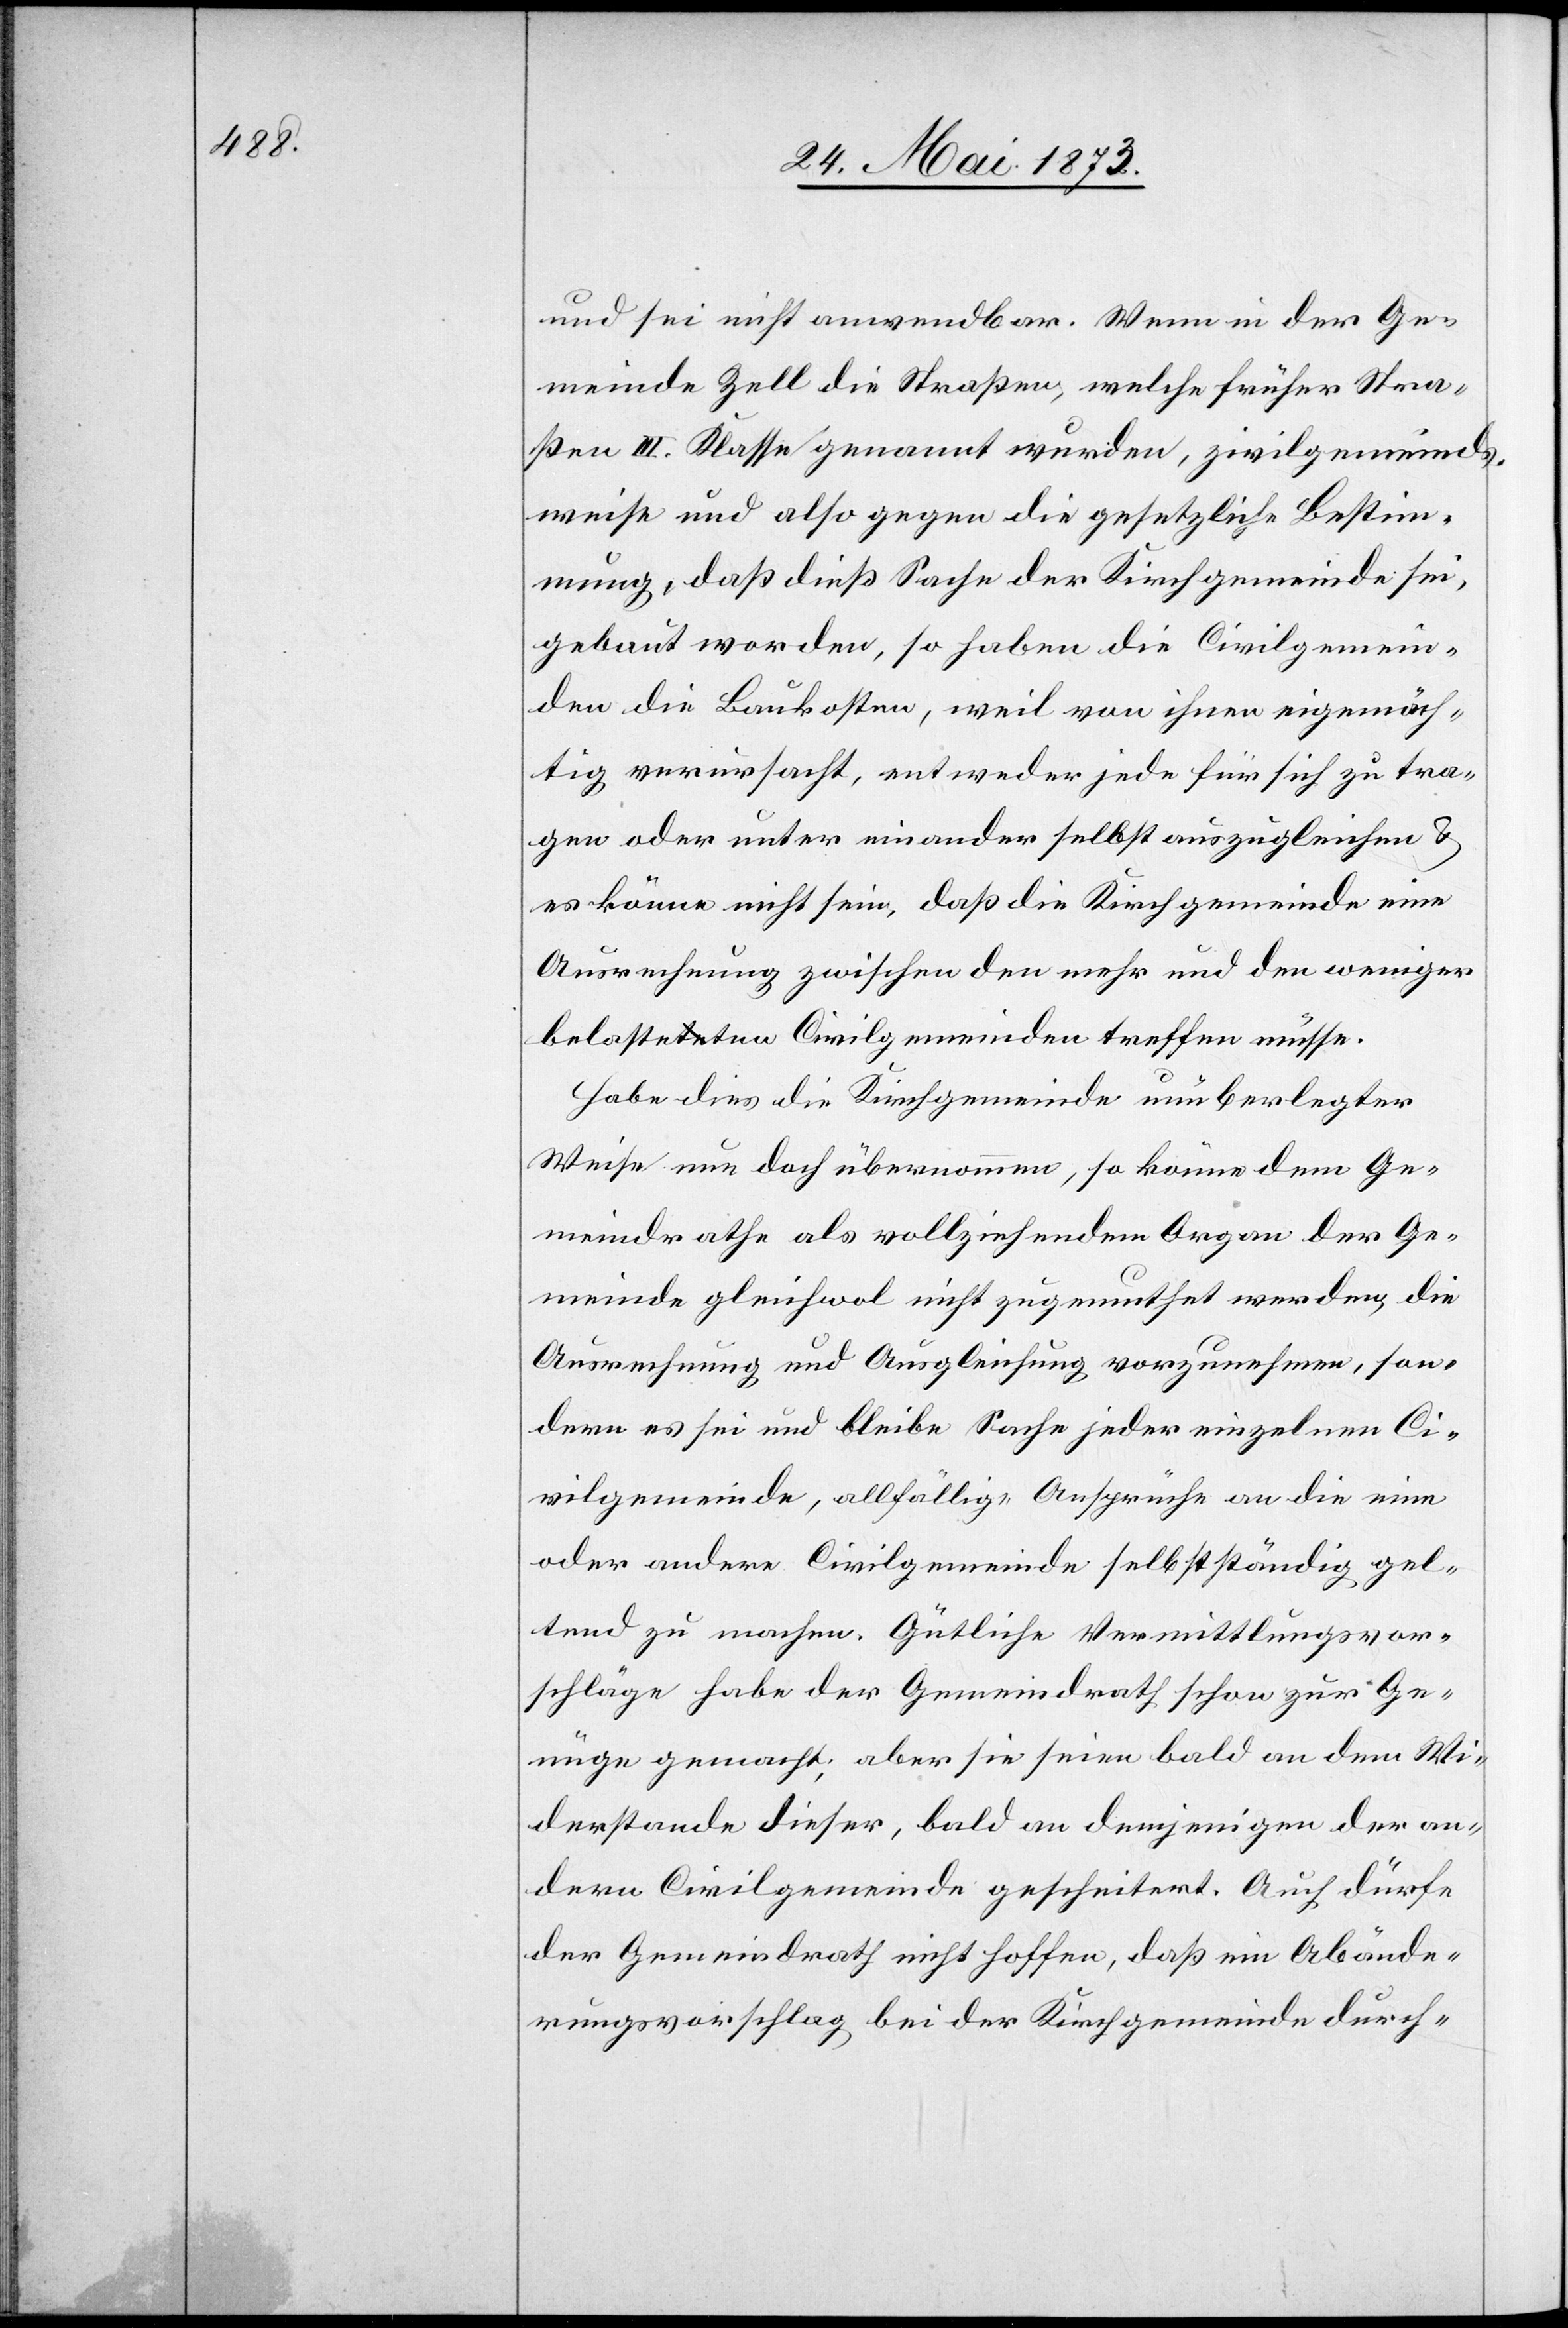
und sei nicht anwendbar. Wenn in der Ge¬
meinde Zell die Straßen, welche früher Stra¬
ßen III. Klasse genannt wurden, zivilgemeinds¬
weise und also gegen die gesetzliche Bestim¬
mung, daß dieß Sache der Kirchgemeinde sei,
gebaut worden, so haben die Civilgemein¬
den die Baukosten, weil von ihnen eigenmäch¬
tig verursacht, entweder jede für sich zu tra¬
gen oder unter einander selbst auszugleichen &
es könne nicht sein, daß die Kirchgemeinde eine
Ausrechnung zwischen den mehr und den weniger
belasteten Civilgemeinden treffen müsse.
Habe dies die Kirchgemeinde unüberlegter
Weise nun doch übernommen, so könne dem Ge¬
meindrathe als vollziehendem Organ der Ge¬
meinde gleichwol nicht zugemuthet werden, die
Ausrechnung und Ausgleichung vorzunehmen, son¬
dern es sei und bleibe Sache jeder einzelnen Ci¬
vilgemeinde, allfällige Ansprüche an die eine
oder andere Civilgemeinde selbstständig gel¬
tend zu machen. Gütliche Vermittlungsvor¬
schläge habe der Gemeindrath schon zur Ge¬
nüge gemacht; aber sie seien bald an dem Wi¬
derstande dieser, bald an demjenigen der an¬
dern Civilgemeinde gescheitert. Auch dürfe
der Gemeindrath nicht hoffen, daß ein Abände¬
rungsvorschlag bei der Kirchgemeinde durch-